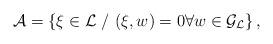
LaTeX: \begin{align*}\mathcal{A}=\{\xi \in \mathcal{L}~/~(\xi ,w)=0\forall w\in \mathcal{G_L}\}\,, \end{align*}